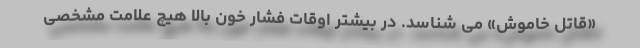
«قاتل خاموش» می شناسد. در بیشتر اوقات فشار خون بالا هیچ علامت مشخصی